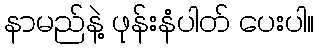
နာမည်နဲ့ ဖုန်းနံပါတ် ပေးပါ။